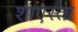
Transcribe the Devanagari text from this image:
शाएस्ता